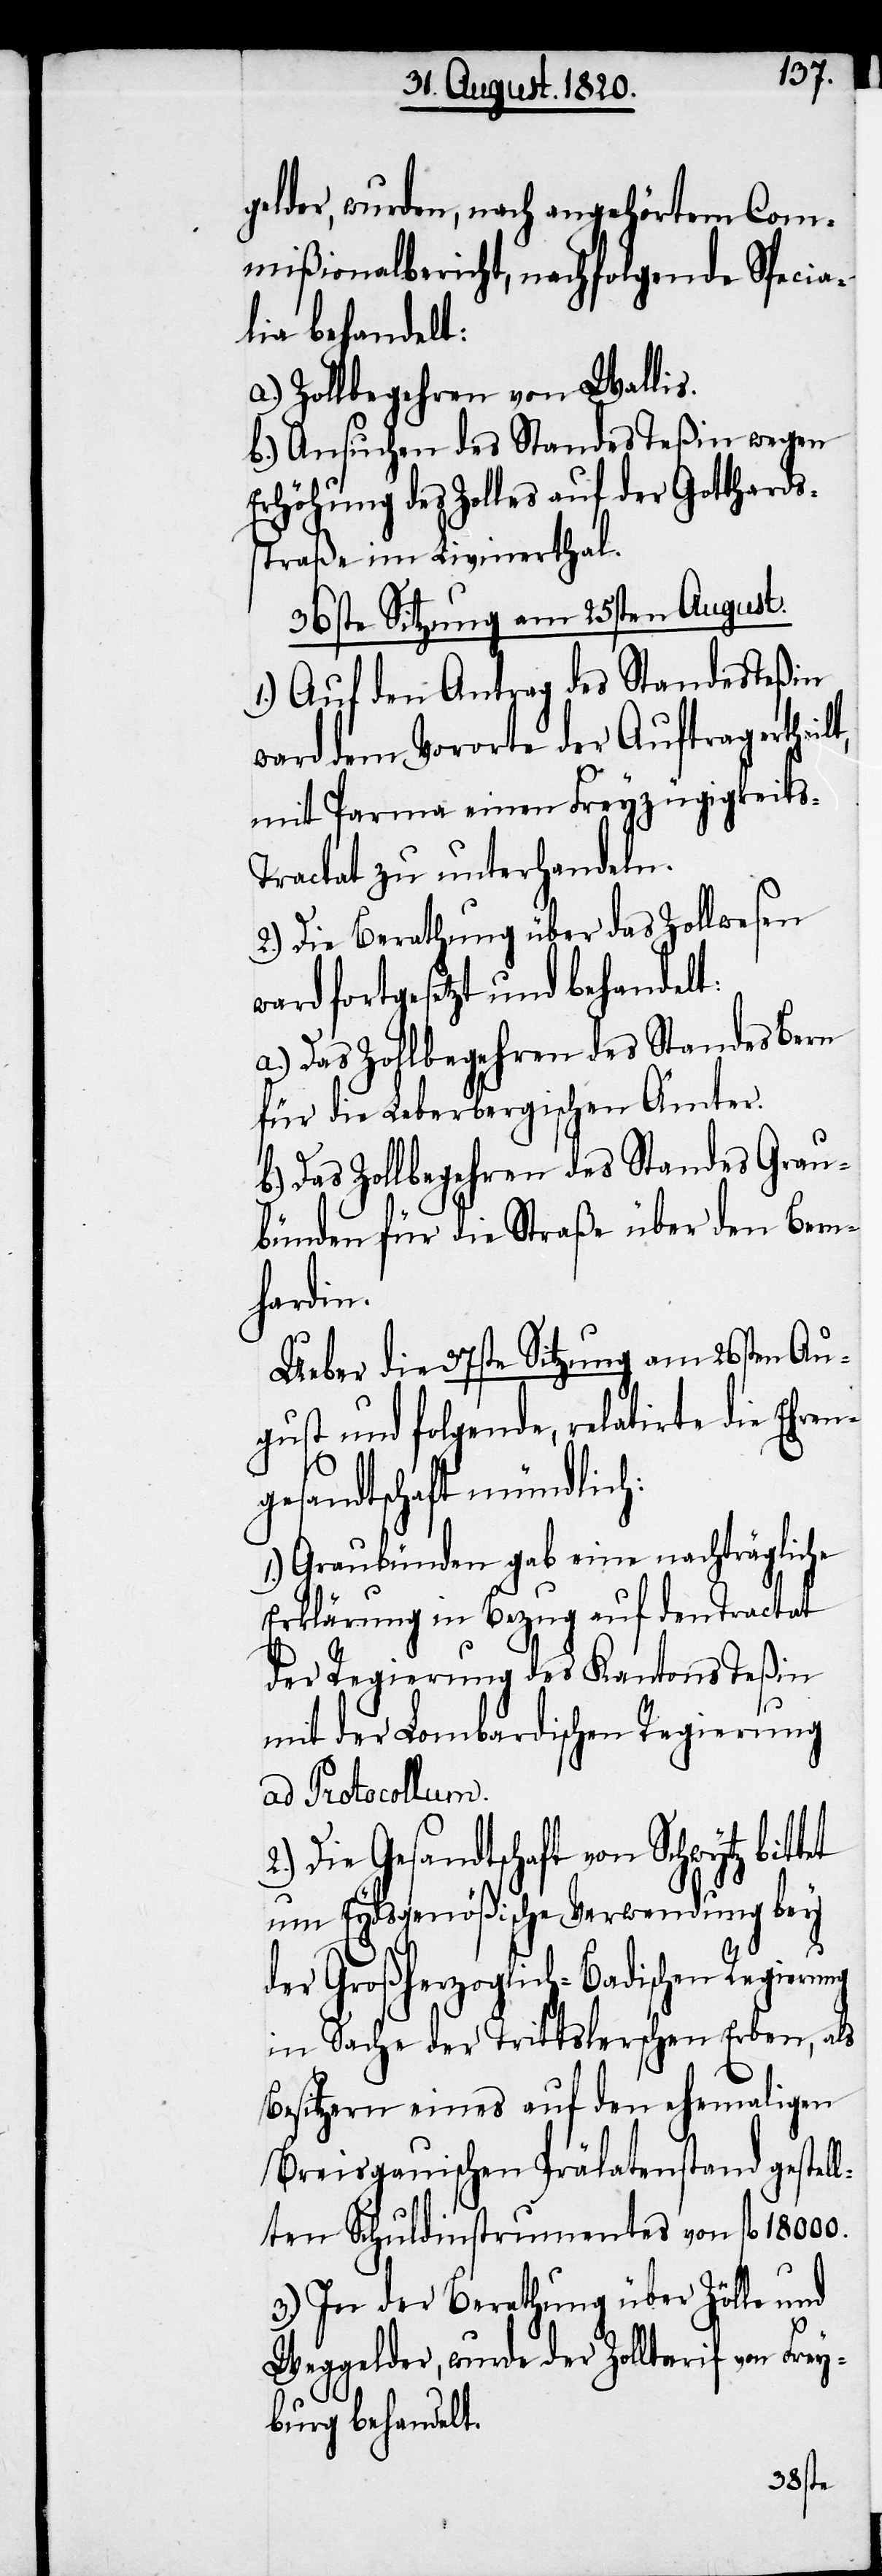
Gelder, wurden, nach angehörtem Co¬
mißionalbericht, nachfolgende Specia¬
lie behandelt:
a.) Zollbegehren von Wallis.
b.) Ansuchen des Standes Teßin wegen
Erhöhung des Zolles auf der Gotthards¬
straße im Livinerthal.
36ste Sitzung am 25sten August.
1.) Auf den Antrag des Standes Teßin
ward dem Vororte der Auftrag erthei¬
mit Parma einen Freyzügigkeits-T¬
ractat zu unterhandeln.
2.) Die Berathung über das Zollwesen
ward fortgesetzt und behandelt:
a.) Das Zollbegehren des Standes Bern
für die Leberbergischen Ämter.
b.) Das Zollbegehren des Standes Grau¬
bünden für die Straße über den Bern¬
hardin.
Ueber die 37ste Sitzung am 26sten Au¬
gust und folgende, relatirte die Ehren¬
gesandtschaft mündlich:
Graubünden gab eine nachträgliche
Erklärung in Bezug auf den Tractat
der Regierung des Kantons Teßin
mit der Lombardischen Regierung
ad Protocollum.
2.) Die Gesandtschaft von Schwytz bitt¬
um Eydsgenößische Verwendung bey
et
der Großherzoglich-Badischen Regierung
in Sache der Trittslerschen Erben, als
Besitzern eines auf den ehemaligen
Breisgauischen Prälatenstand gestel¬
lten Schuldinstrumentes von fl 18000.
3.) In der Berathung über Zölle und
Weggelder, wurde der Zolltarif von Fre¬
yburg behandelt.